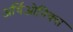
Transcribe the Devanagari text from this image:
अर्चिओनिक्स